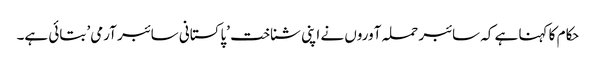
حکام کا کہنا ہے کہ سائبر حملہ آوروں نے اپنی شناخت ’پاکستانی سائبر آرمی’ بتائی ہے۔